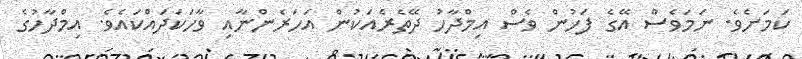
ކަަމަށެވެ. ނަމަވެސް އޭގެ ފަހުން ވެސް އިމްދާހު ދޭތެރެއަކުން އަހަރެންނާއި ވާހަކަދައްކައެވެ. އިމްދާހުގެ